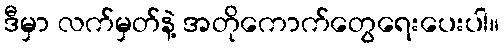
ဒီမှာ လက်မှတ်နဲ့ အတိုကောက်တွေရေးပေးပါ။